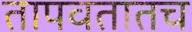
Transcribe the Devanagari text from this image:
तापवतातच